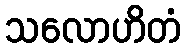
သလောဟိတံ